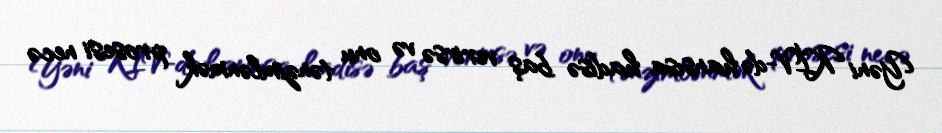
Yəni KİV-də hansısa hadisə baş verirsə və onu tənzimlənmək prosesi necə